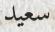
سعيد